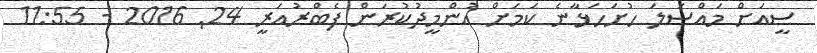
ސީއަށް މައްސަލަ ހުށަހަޅާނެ ކަމަށް އުންމީދުކުރަން ފެބްރުއަރީ 24